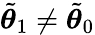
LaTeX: \tilde{{\boldsymbol{\theta}}}_{1}\neq\tilde{{\boldsymbol{\theta}}}_{0}